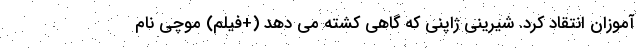
آموزان انتقاد کرد. شیرینی ژاپنی که گاهی کشته می دهد (+فیلم) موچی نام